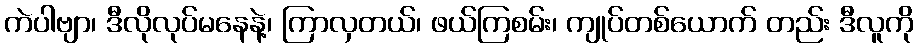
ကဲပါဗျာ၊ ဒီလိုလုပ်မနေနဲ့၊ ကြာလှတယ်၊ ဖယ်ကြစမ်း၊ ကျုပ်တစ်ယောက် တည်း ဒီလူကို